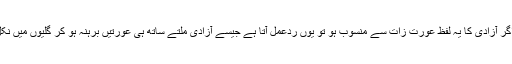
خصوصا اگر آزادی کا یہ لفظ عورت زات سے منسوب ہو تو یوں ردعمل آتا ہے جیسے آزادی ملتے ساتھ ہی عورتیں برہنہ ہو کر گلیوں میں نکل آئیں گی۔